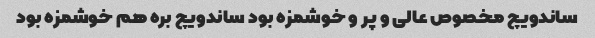
ساندویچ مخصوص عالی و پر و خوشمزه بود ساندویچ بره هم خوشمزه بود